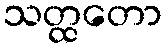
သတ္ထတော